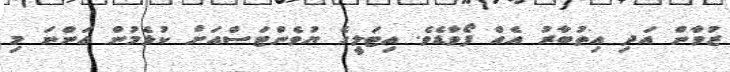
ޒުވާން އަދި އިތުބާރު އެއް ފޯވާޑެވެ. އިޓަލީގެ ޔުވެންޓަސްއަށް ކުޅެމުން އަންނަ މި